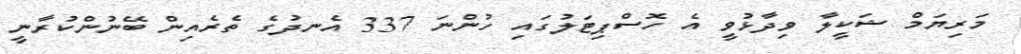
މަރިޔަމް ޝަކީލާ ވިދާޅުވީ އެ ހޮސްޕިޓަލުގައި ހުންނަ 337 އެނދުގެ ތެރެއިން ބޭނުންކުރާނީ